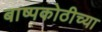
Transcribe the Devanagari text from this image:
बाष्पकोठीच्या